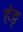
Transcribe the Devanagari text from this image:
हंङ्